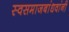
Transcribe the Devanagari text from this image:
स्वसमाजबांधवांनी